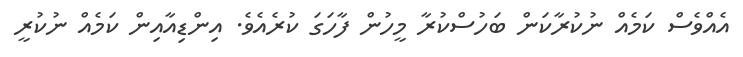
އެއްވެސް ކަމެއް ނުކުރާކަން ބަހުސްކުރާ މީހުން ފާހަގަ ކުރެއެވެ. އިންޑިއާއިން ކަމެއް ނުކުރީ